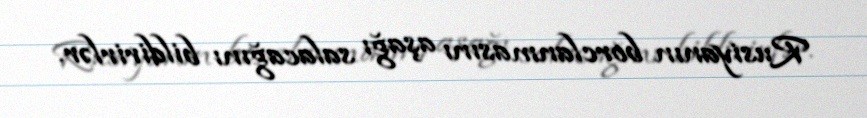
Rusiyanın borclanmasını aşağı salacağını bildirirlər.